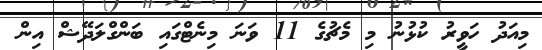
މިއަދު ހަވީރު ކުޅުނު މި މެޗުގެ 11 ވަނަ މިނެޓްގައި ބަންގްލަދޭޝް އިން